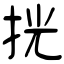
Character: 挄